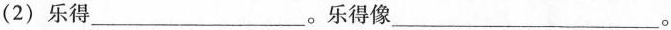
(2)乐得___。乐得像___。